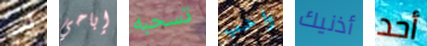
لدي إباحي تسحبه واحب أذنيك أحد